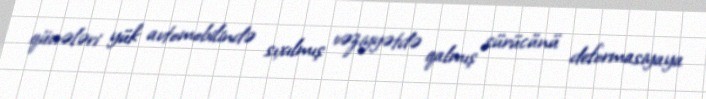
qüvvələri yük avtomobilində sıxılmış vəziyyətdə qalmış sürücünü deformasiyaya